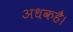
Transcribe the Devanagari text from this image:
अधकहै।